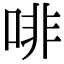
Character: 啡